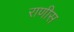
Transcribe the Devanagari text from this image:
राणीस